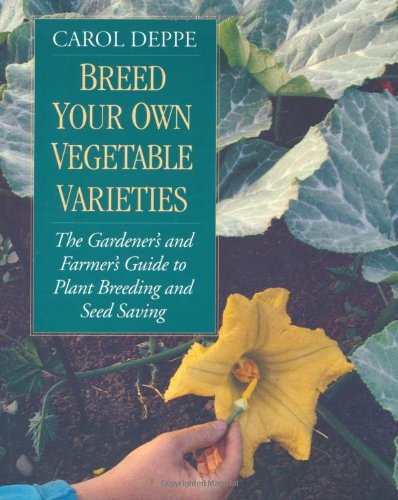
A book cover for Breed Your Own Vegetable Varieties: The Gardener's and Farmer's Guide to Plant Breeding and Seed Saving, 2nd Edition; Carol Deppe; Crafts, Hobbies & Home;